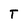
Character: T